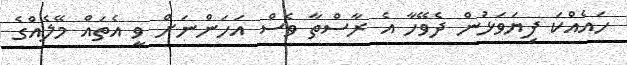
ހައެއްކަ ފިޔަވަޅުން ދެވޭހާ އެ ރާސްތާ ވެސް އަހަންނަށް ވީ އެތައް މޭލެއްގެ